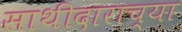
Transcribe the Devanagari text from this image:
साथीदाराच्या